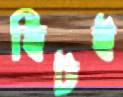
হিটই